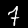
Digit: 7